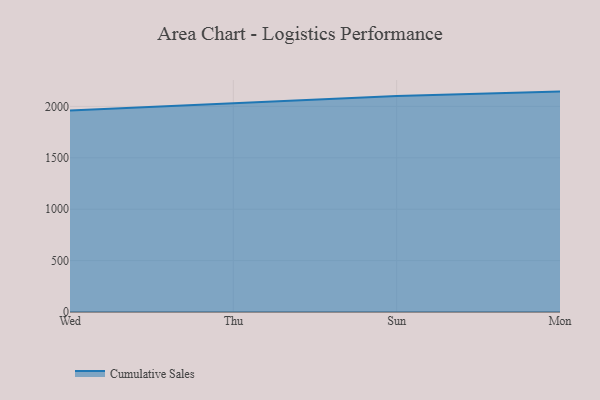
{"axis": {"x": "Day", "y": "Website Visitors"}, "legend": ["Cumulative Sales"], "data": [{"x": "Wed", "y": 1960.1, "type": "Cumulative Sales"}, {"x": "Thu", "y": 2030.5, "type": "Cumulative Sales"}, {"x": "Sun", "y": 2102.2, "type": "Cumulative Sales"}, {"x": "Mon", "y": 2143.9, "type": "Cumulative Sales"}]}